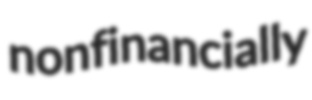
nonfinancially